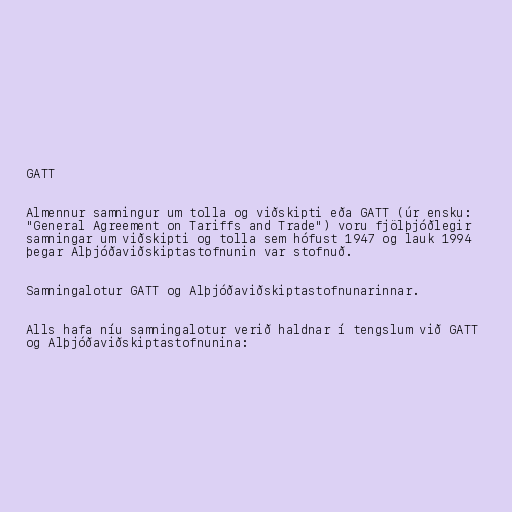
GATT

Almennur samningur um tolla og viðskipti eða GATT (úr ensku:
"General Agreement on Tariffs and Trade") voru fjölþjóðlegir
samningar um viðskipti og tolla sem hófust 1947 og lauk 1994
þegar Alþjóðaviðskiptastofnunin var stofnuð.

Samningalotur GATT og Alþjóðaviðskiptastofnunarinnar.

Alls hafa níu samningalotur verið haldnar í tengslum við GATT
og Alþjóðaviðskiptastofnunina: